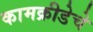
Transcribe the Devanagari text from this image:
कामक्रीडेचे